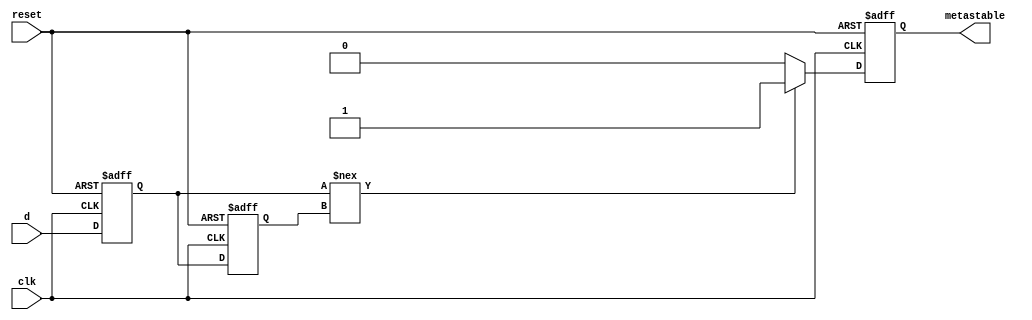
module metastability_detector (
    input wire clk,          // Clock signal
    input wire reset,        // Asynchronous reset signal
    input wire d,           // Signal to monitor
    output reg metastable    // Output signal indicating metastability
);

    // Internal signals for flip-flop outputs
    reg Q1, Q2;

    // Flip-flop 1: Sample the input signal d
    always @(posedge clk or posedge reset) begin
        if (reset) begin
            Q1 <= 1'b0; // Reset Q1
        end else begin
            Q1 <= d;    // Sample d
        end
    end

    // Flip-flop 2: Sample the output of the first flip-flop
    always @(posedge clk or posedge reset) begin
        if (reset) begin
            Q2 <= 1'b0; // Reset Q2
        end else begin
            Q2 <= Q1;   // Sample Q1
        end
    end

    // Metastability detection logic
    always @(posedge clk or posedge reset) begin
        if (reset) begin
            metastable <= 1'b0; // Reset metastable signal
        end else begin
            // Check for metastability condition
            // Here we assume a simple condition where metastability is indicated
            // if Q1 and Q2 are not equal, indicating a potential metastable state
            if (Q1 !== Q2) begin
                metastable <= 1'b1; // Indicate metastability
            end else begin
                metastable <= 1'b0; // Clear metastability indication
            end
        end
    end

endmodule